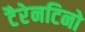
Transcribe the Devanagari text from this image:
टैरेनटिनो